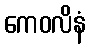
ကေဝလိနံ